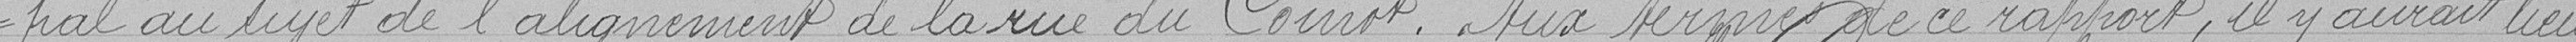
=pal au sujet de l'alignement de la rue du Coinot. Aux termes de ce rapport, il y aurait lieu